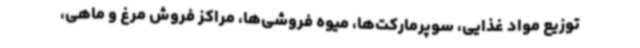
توزیع مواد غذایی، سوپرمارکت‌ها، میوه‌ فروشی‌ها، مراکز فروش مرغ و ماهی،